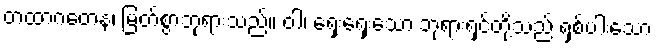
တထာဂတေန၊ မြတ်စွာဘုရားသည်။ ဝါ၊ ရှေးရှေးသော ဘုရားရှင်တို့သည် ရှစ်ပါးသော